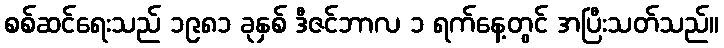
စစ်ဆင်ရေးသည် ၁၉၈၁ ခုနှစ် ဒီဇင်ဘာလ ၁ ရက်နေ့တွင် အပြီးသတ်သည်။